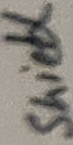
Text: shield